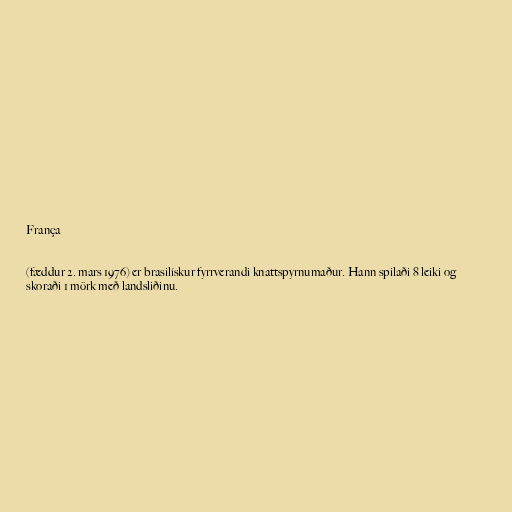
França

(fæddur 2. mars 1976) er brasilískur fyrrverandi knattspyrnumaður. Hann spilaði 8 leiki og
skoraði 1 mörk með landsliðinu.